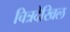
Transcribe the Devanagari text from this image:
चित्रदेखिल